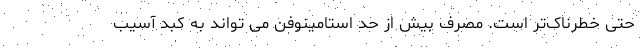
حتی خطرناک‌تر است. مصرف بیش از حد استامینوفن می تواند به کبد آسیب